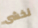
نخشى